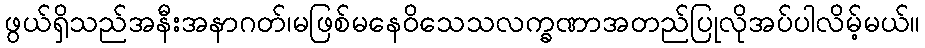
ဖွယ်ရှိသည်အနီးအနာဂတ်၊မဖြစ်မနေဝိသေသလက္ခဏာအတည်ပြုလိုအပ်ပါလိမ့်မယ်။